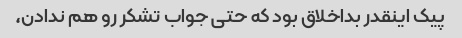
پیک اینقدر بداخلاق بود که حتی جواب تشکر رو هم ندادن،